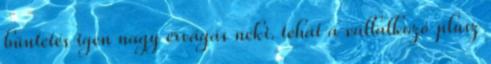
büntetés igen nagy érvágás neki. tehát a vállalkozó plusz